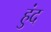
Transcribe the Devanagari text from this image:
हुंद